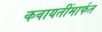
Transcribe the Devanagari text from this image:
कवायतींमार्फत